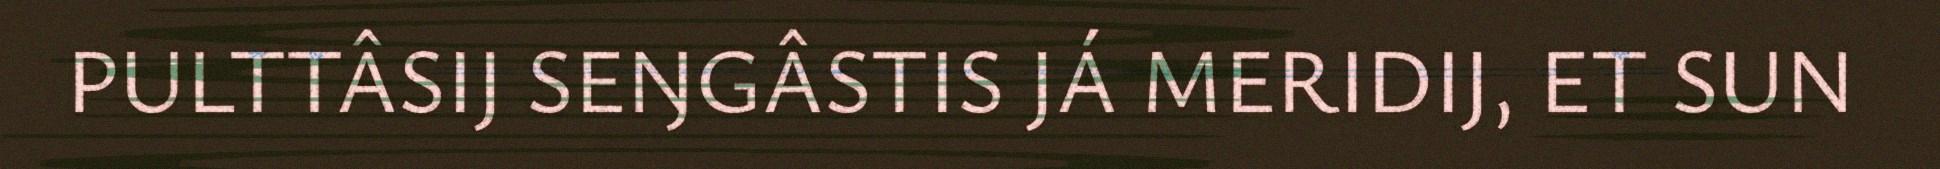
PULTTÂSIJ SEŊGÂSTIS JÁ MERIDIJ, ET SUN